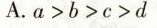
A.a>b>c>d